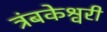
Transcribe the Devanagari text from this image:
त्रंबकेश्वरी